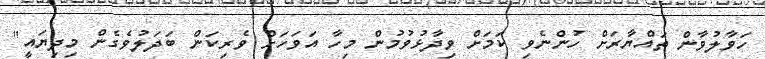
ހަވާލުވާން ތައްޔާރަށް ހުންނެވި ކަމަށް ވިދާޅުވުމުން މިހާ އަވަހަށް ވެރިކަން ބަދަލުވެގެން މިދިޔައީ"